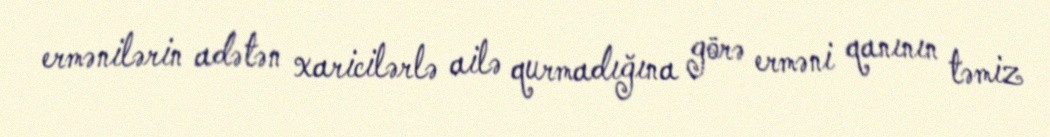
ermənilərin adətən xaricilərlə ailə qurmadığına görə erməni qanının təmiz